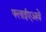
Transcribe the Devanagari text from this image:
फ्लाईएअवे